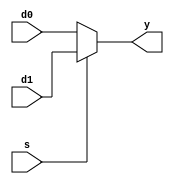
module mux2 # (parameter WIDTH = 8)
(input [WIDTH-1:0] d0, d1, input s,
output [WIDTH-1:0] y);
assign y = s ? d1 : d0;
endmodule